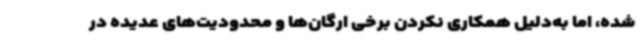
شده، اما به‌دلیل همکاری نکردن برخی ارگان‌ها و محدودیت‌های عدیده در